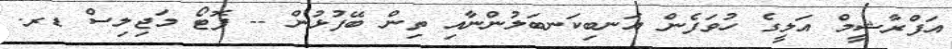
އަފްރާޝީމް އަލީގެ ހުވަފެން އަނބިކަނބަލުންނާއި ތިން ބޭފުޅުން -- ފޮޓޯ މަޖިލިސް ޑރ.